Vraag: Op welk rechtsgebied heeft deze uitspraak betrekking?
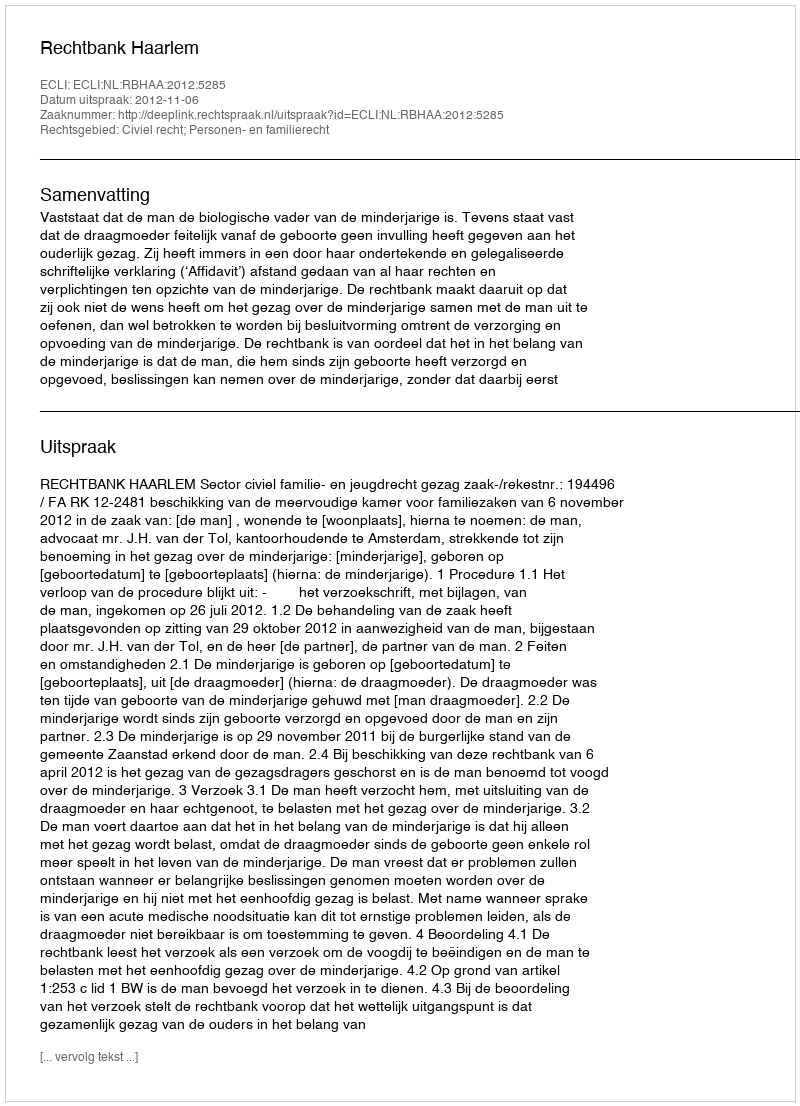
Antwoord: Civiel recht; Personen- en familierecht